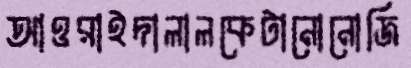
আওরাইদালালকেটানোনোজি